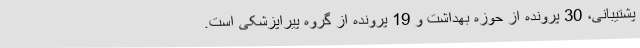
پشتیبانی، 30 پرونده از حوزه بهداشت و 19 پرونده از گروه پیراپزشکی است.